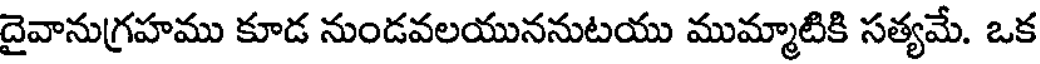
దైవానుగ్రహము కూడ నుండవలయుననుటయు ముమ్మాటికి సత్యమే. ఒక